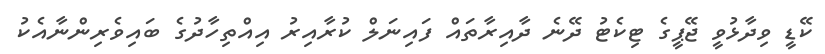
ކޭޑީ ވިދާޅުވީ ޖޭޕީގެ ޓިކެޓު ދޭނެ ދާއިރާތައް ފައިނަލް ކުރާއިރު އިއްތިހާދުގެ ބައިވެރިންނާއެކު